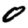
Digit: 0